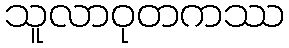
သူလာဝုတကဿ